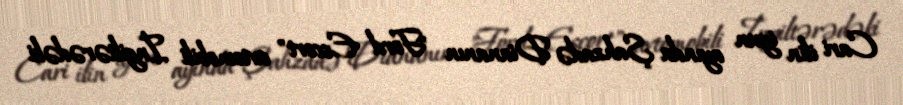
Cari ilin iyun ayında Şahzadə Diananın "Ford Escort" avtomobili İngiltərədəki